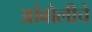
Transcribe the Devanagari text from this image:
आंबोलीचे